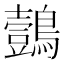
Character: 鷧